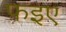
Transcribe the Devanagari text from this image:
फ़इए